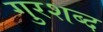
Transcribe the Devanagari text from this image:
गुरशब्द